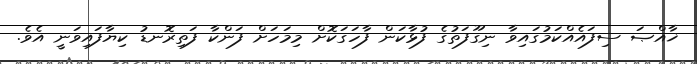
ޚާއްޞަ ސިފައެއްކަމުގައިވާ ނިގޫފަތުގެ ފުޅާކަން ފާހަގަކޮށް މިމަހަށް ފަންކާ ފަތިރޮނޑު ކިޔާފައިވަނީ އެވެ.